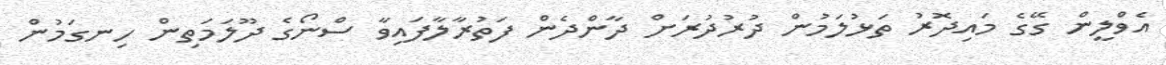
އެވްލީން ގޭގެ މައިދޮރު ތަޅުލަމުން ދުރުދުރަށް ދާންދެން ފަތުރާލާފައިވާ ސްނޯގެ ދޫލަމަތިން ހިނގަމުން